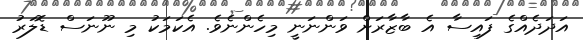
އަދަދެއްގެ ފައިސާ އެ ބާޒާރަށް ވަންނަނީ މިހެންނެވެ. އެކަމަކު މި ނޫނަސް ޑޮލަރު